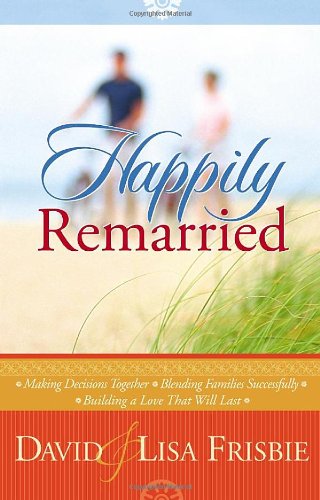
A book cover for Happily Remarried: Making Decisions Together * Blending Families Successfully * Building a Love That Will Last; David Frisbie; Parenting & Relationships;